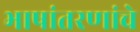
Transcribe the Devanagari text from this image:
भाषांतरणांचे